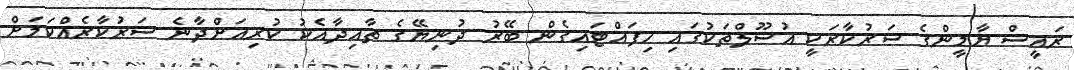
ރައީސް ޔާމީންގެ ސަރުކާރަކީ އުސޫލްތަކުގައި ހިފައްޓައިގެން ބޭރު ދުނިޔޭގެ ތާއިދާއެކު ކުރިއަށްދާނެ ސަރުކާރެއްކަމަށް